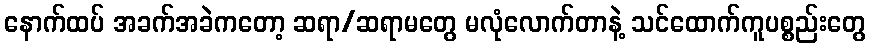
နောက်ထပ် အခက်အခဲကတော့ ဆရာ/ဆရာမတွေ မလုံလောက်တာနဲ့ သင်ထောက်ကူပစ္စည်းတွေ